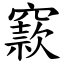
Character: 窾